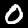
Label: 0